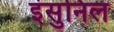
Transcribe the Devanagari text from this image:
इंसुनिल